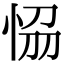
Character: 𭜴